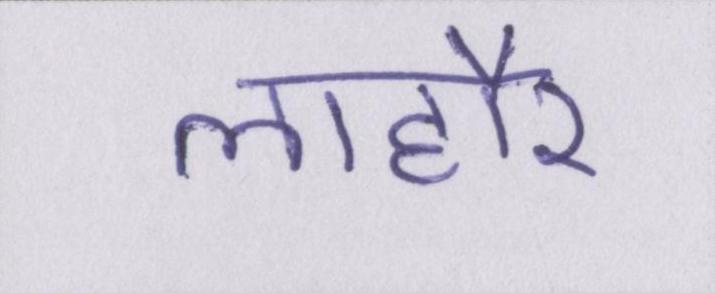
लाहौर